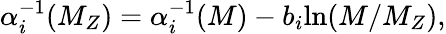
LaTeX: \alpha_{i}^{-1}(M_{Z})=\alpha_{i}^{-1}(M)-b_{i}\mathrm{ln}(M/M_{Z}),